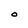
Character: O